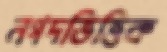
নগদভিত্তিক